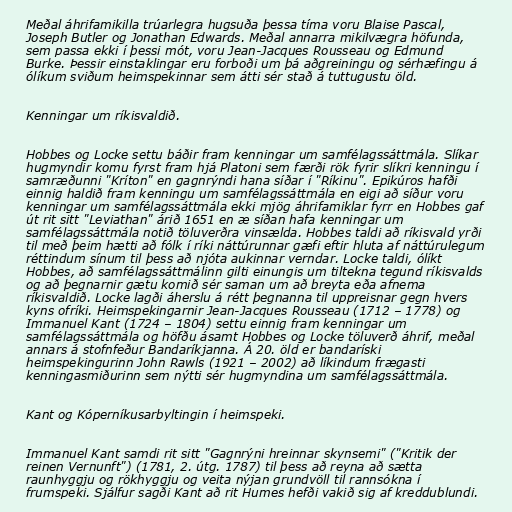
Meðal áhrifamikilla trúarlegra hugsuða þessa tíma voru Blaise Pascal,
Joseph Butler og Jonathan Edwards. Meðal annarra mikilvægra höfunda,
sem passa ekki í þessi mót, voru Jean-Jacques Rousseau og Edmund
Burke. Þessir einstaklingar eru forboði um þá aðgreiningu og sérhæfingu á
ólíkum sviðum heimspekinnar sem átti sér stað á tuttugustu öld.

Kenningar um ríkisvaldið.

Hobbes og Locke settu báðir fram kenningar um samfélagssáttmála. Slíkar
hugmyndir komu fyrst fram hjá Platoni sem færði rök fyrir slíkri kenningu í
samræðunni "Kríton" en gagnrýndi hana síðar í "Ríkinu". Epikúros hafði
einnig haldið fram kenningu um samfélagssáttmála en eigi að síður voru
kenningar um samfélagssáttmála ekki mjög áhrifamiklar fyrr en Hobbes gaf
út rit sitt "Leviathan" árið 1651 en æ síðan hafa kenningar um
samfélagssáttmála notið töluverðra vinsælda. Hobbes taldi að ríkisvald yrði
til með þeim hætti að fólk í ríki náttúrunnar gæfi eftir hluta af náttúrulegum
réttindum sínum til þess að njóta aukinnar verndar. Locke taldi, ólíkt
Hobbes, að samfélagssáttmálinn gilti einungis um tiltekna tegund ríkisvalds
og að þegnarnir gætu komið sér saman um að breyta eða afnema
ríkisvaldið. Locke lagði áherslu á rétt þegnanna til uppreisnar gegn hvers
kyns ofríki. Heimspekingarnir Jean-Jacques Rousseau (1712 – 1778) og
Immanuel Kant (1724 – 1804) settu einnig fram kenningar um
samfélagssáttmála og höfðu ásamt Hobbes og Locke töluverð áhrif, meðal
annars á stofnfeður Bandaríkjanna. Á 20. öld er bandaríski
heimspekingurinn John Rawls (1921 – 2002) að líkindum frægasti
kenningasmiðurinn sem nýtti sér hugmyndina um samfélagssáttmála.

Kant og Kóperníkusarbyltingin í heimspeki.

Immanuel Kant samdi rit sitt "Gagnrýni hreinnar skynsemi" ("Kritik der
reinen Vernunft") (1781, 2. útg. 1787) til þess að reyna að sætta
raunhyggju og rökhyggju og veita nýjan grundvöll til rannsókna í
frumspeki. Sjálfur sagði Kant að rit Humes hefði vakið sig af kreddublundi.